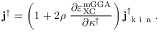
{ \bf j } ^ { \uparrow } = \left( 1 + 2 \rho \ \frac { \partial \varepsilon _ { \mathrm { X C } } ^ { \mathrm { m G G A } } } { \partial \kappa ^ { \uparrow } } \right) { \bf j } _ { \mathrm { ~ k ~ i ~ n ~ } } ^ { \uparrow } .